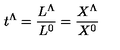
t ^ { \Lambda } = { \frac { L ^ { \Lambda } } { L ^ { 0 } } } = { \frac { X ^ { \Lambda } } { X ^ { 0 } } }